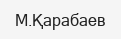
М.Қарабаев